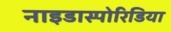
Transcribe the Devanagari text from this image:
नाइडास्पोरिडिया